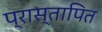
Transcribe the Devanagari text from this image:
प्रास्तापित